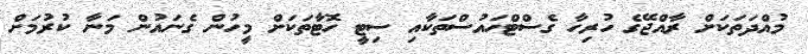
މުއްދަތަކަށް ރާއްޖޭގެ ހުރިހާ ގެސްޓްހައުސްތަަކާއި ސިޓީ ހޮޓާތަކަށް މީހުން ގެނައުން މަނާ ކުރުމަށް